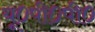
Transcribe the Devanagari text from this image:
यू०पी०पी०